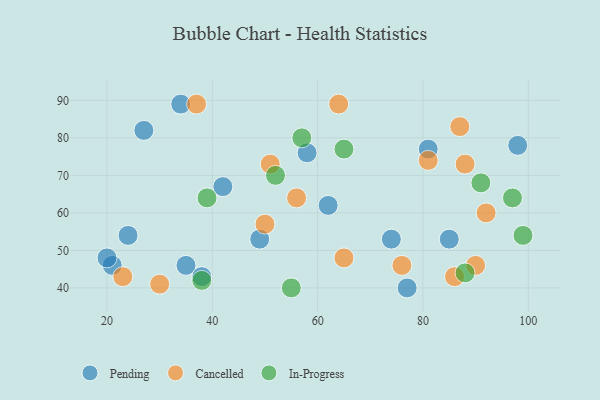
{"axis": {"x": "GDP", "y": "Life Expectancy"}, "legend": ["Cancelled", "In-Progress", "Pending"], "data": [{"x": "85", "y": 53, "type": "Pending"}, {"x": "35", "y": 46, "type": "Pending"}, {"x": "77", "y": 40, "type": "Pending"}, {"x": "62", "y": 62, "type": "Pending"}, {"x": "81", "y": 77, "type": "Pending"}, {"x": "98", "y": 78, "type": "Pending"}, {"x": "74", "y": 53, "type": "Pending"}, {"x": "49", "y": 53, "type": "Pending"}, {"x": "34", "y": 89, "type": "Pending"}, {"x": "24", "y": 54, "type": "Pending"}, {"x": "27", "y": 82, "type": "Pending"}, {"x": "21", "y": 46, "type": "Pending"}, {"x": "38", "y": 43, "type": "Pending"}, {"x": "20", "y": 48, "type": "Pending"}, {"x": "42", "y": 67, "type": "Pending"}, {"x": "58", "y": 76, "type": "Pending"}, {"x": "81", "y": 74, "type": "Cancelled"}, {"x": "65", "y": 48, "type": "Cancelled"}, {"x": "92", "y": 60, "type": "Cancelled"}, {"x": "56", "y": 64, "type": "Cancelled"}, {"x": "90", "y": 46, "type": "Cancelled"}, {"x": "23", "y": 43, "type": "Cancelled"}, {"x": "87", "y": 83, "type": "Cancelled"}, {"x": "50", "y": 57, "type": "Cancelled"}, {"x": "37", "y": 89, "type": "Cancelled"}, {"x": "88", "y": 73, "type": "Cancelled"}, {"x": "86", "y": 43, "type": "Cancelled"}, {"x": "30", "y": 41, "type": "Cancelled"}, {"x": "51", "y": 73, "type": "Cancelled"}, {"x": "64", "y": 89, "type": "Cancelled"}, {"x": "76", "y": 46, "type": "Cancelled"}, {"x": "99", "y": 54, "type": "In-Progress"}, {"x": "55", "y": 40, "type": "In-Progress"}, {"x": "65", "y": 77, "type": "In-Progress"}, {"x": "39", "y": 64, "type": "In-Progress"}, {"x": "91", "y": 68, "type": "In-Progress"}, {"x": "38", "y": 42, "type": "In-Progress"}, {"x": "57", "y": 80, "type": "In-Progress"}, {"x": "52", "y": 70, "type": "In-Progress"}, {"x": "88", "y": 44, "type": "In-Progress"}, {"x": "97", "y": 64, "type": "In-Progress"}]}